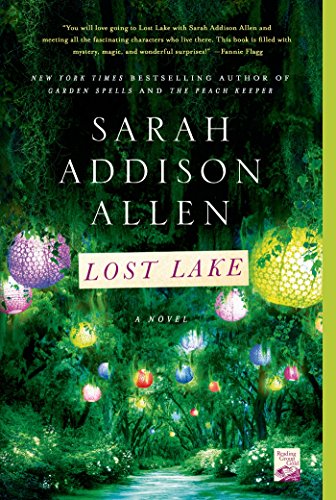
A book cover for Lost Lake: A Novel; Sarah Addison Allen; Science Fiction & Fantasy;